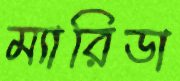
ম্যারিডা